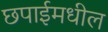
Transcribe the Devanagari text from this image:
छपाईमधील